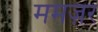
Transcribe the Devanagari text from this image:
ममज़र